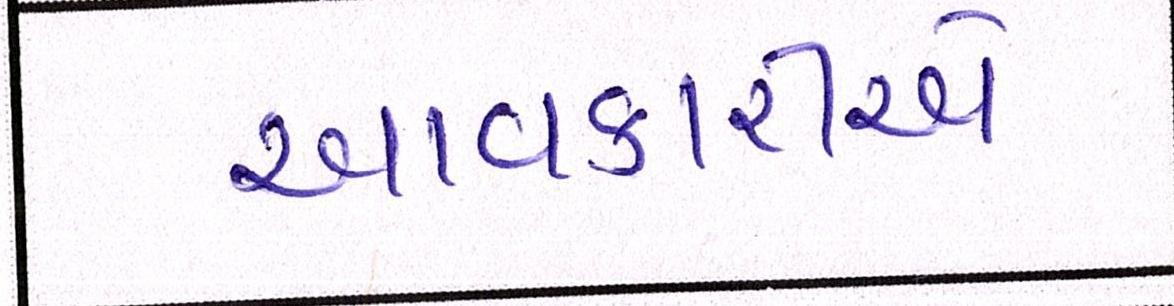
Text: આવકારીએ